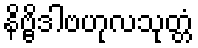
နိဗ္ဗိဒါဗဟုလသုတ္တံ